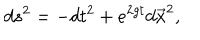
d s ^ { 2 } = - d t ^ { 2 } + e ^ { 2 g t } d \vec { x } ^ { 2 } ,